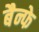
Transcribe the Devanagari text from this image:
बैन्फे